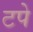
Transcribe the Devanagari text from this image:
टपे